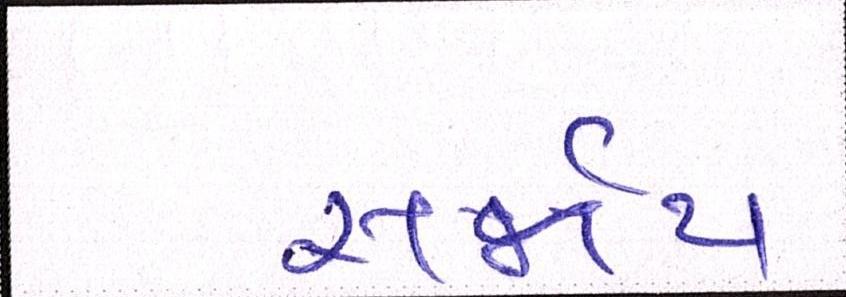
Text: સર્જાય